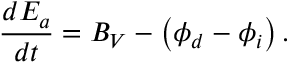
\frac { d E _ { a } } { d t } = B _ { V } - \left( \phi _ { d } - \phi _ { i } \right) .